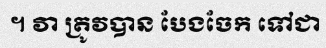
។ វា ត្រូវបាន បែងចែក ទៅជា